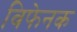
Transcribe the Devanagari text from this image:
विफेनक